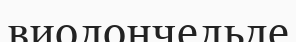
виолончельде